Civil Veterinary Department. United Provinces 1923-31 - 1923-1931
Year: 1923
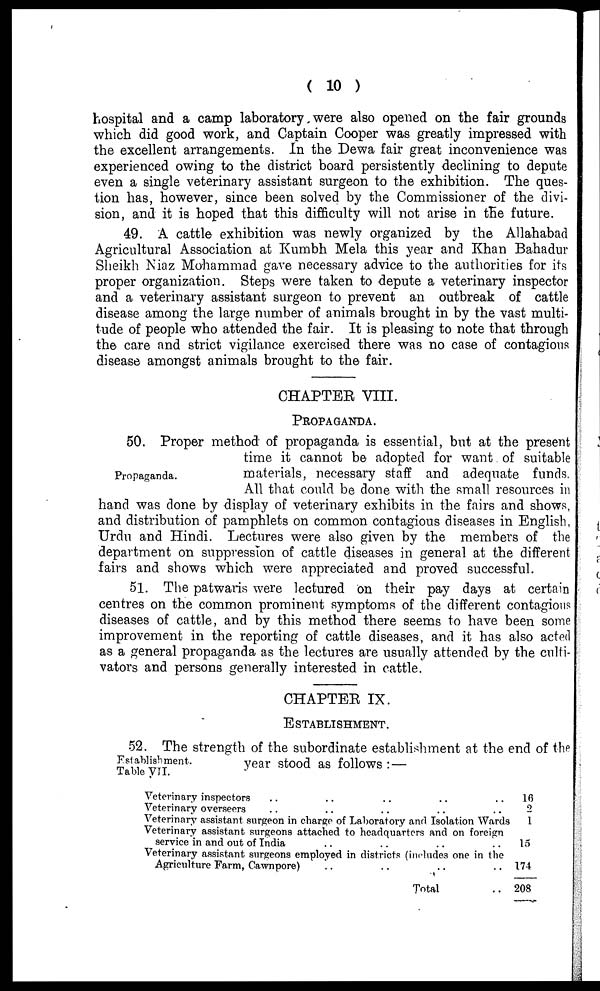
(10)
hospital and a camp laboratory were also opened on the fair grounds
which did good work, and Captain Cooper was greatly impressed with
the excellent arrangements. In the Dewa fair great inconvenience was
experienced owing to the district board persistently declining to depute
even a single veterinary assistant surgeon to the exhibition. The ques-
tion has, however, since been solved by the Commissioner of the divi-
sion, and it is hoped that this difficulty will not arise in the future.
49. A cattle exhibition was newly organized by the Allahabad
Agricultural Association at Kumbh Mela this year and Khan Bahadur
Sheikh Niaz Mohammad gave necessary advice to the authorities for its
proper organization. Steps were taken to depute a veterinary inspector
and a veterinary assistant surgeon to prevent an outbreak of cattle
disease among the large number of animals brought in by the vast multi-
tude of people who attended the fair. It is pleasing to note that through
the care and strict vigilance exercised there was no case of contagions
disease amongst animals brought to the fair.
CHAPTER VIII.
PROPAGANDA.
Propaganda.
50. Proper method of propaganda is essential, but at the present
time it cannot be adopted for want of suitable
materials, necessary staff and adequate funds.
All that could be done with the small resources in
hand was done by display of veterinary exhibits in the fairs and shows,
and distribution of pamphlets on common contagious diseases in English,
Urdu and Hindi. Lectures were also given by the members of the
department on suppression of cattle diseases in general at the different
fairs and shows which were appreciated and proved successful.
51. The patwaris were lectured on their pay days at certain
centres on the common prominent symptoms of the different contagious
diseases of cattle, and by this method there seems to have been some
improvement in the reporting of cattle diseases, and it has also acted
as a general propaganda as the lectures are usually attended by the culti-
vators and persons generally interested in cattle.
CHAPTER IX.
ESTABLISHMENT.
Establishment.
Table VII.
52. The strength of the subordinate establishment at the end of the
year stood as follows:—
Veterinary inspectors .. .. .. .. ..
Veterinary overseers .. .. .. .. ..
Veterinary assistant surgeon in charge of Laboratory and Isolation Wards
Veterinary assistant surgeons attached to headquarters and on foreign
service in and out of India .. .. .. ..
Veterinary assistant surgeons employed in districts (includes one in the
Agriculture Farm, Cawnpore) .. .. .. ..
Total ..
16
2
1
15
174
208